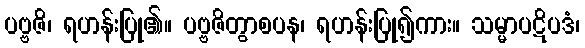
ပဗ္ဗဇိ၊ ရဟန်းပြု၏။ ပဗ္ဗဇိတွာစပန၊ ရဟန်းပြု၍ကား။ သမ္မာပဋိပဒံ၊